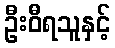
ဦးဝီရသူနှင့်